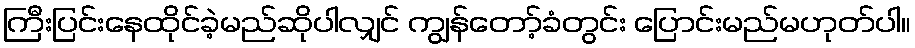
ကြီးပြင်းနေထိုင်ခဲ့မည်ဆိုပါလျှင် ကျွန်တော့်ခံတွင်း ပြောင်းမည်မဟုတ်ပါ။